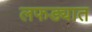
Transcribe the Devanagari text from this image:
लफड्यात